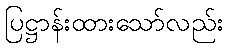
ပြဋ္ဌာန်းထားသော်လည်း